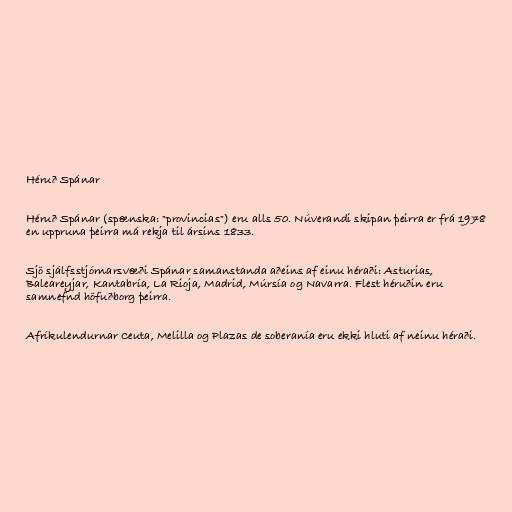
Héruð Spánar

Héruð Spánar (spænska: "provincias") eru alls 50. Núverandi skipan þeirra er frá 1978
en uppruna þeirra má rekja til ársins 1833.

Sjö sjálfsstjórnarsvæði Spánar samanstanda aðeins af einu héraði: Asturias,
Baleareyjar, Kantabría, La Rioja, Madrid, Múrsía og Navarra. Flest héruðin eru
samnefnd höfuðborg þeirra.

Afríkulendurnar Ceuta, Melilla og Plazas de soberanía eru ekki hluti af neinu héraði.